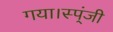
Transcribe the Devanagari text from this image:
गया।स्प्ंजी